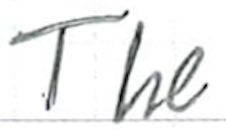
Text: The
Cross-out: clean
Writing tool: ballpoint